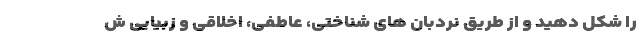
را شکل دهید و از طریق نردبان های شناختی، عاطفی، اخلاقی و زبیایی ش